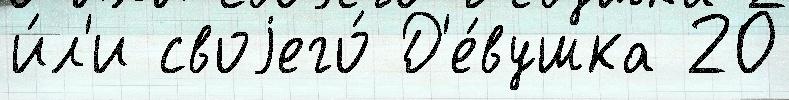
и́л'и своjего́ Д'е́вушка 20